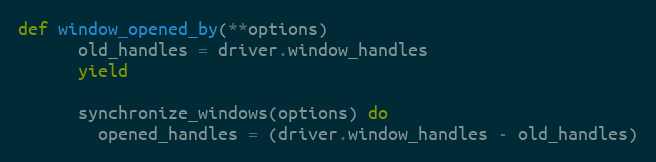
Language: Ruby
def window_opened_by(**options)
      old_handles = driver.window_handles
      yield

      synchronize_windows(options) do
        opened_handles = (driver.window_handles - old_handles)